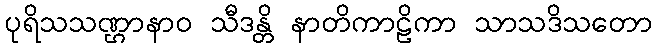
ပုရိသသဏ္ဌာနာဝ သီဒန္တိ နာတိကာဠိကာ သာသဒိသတော